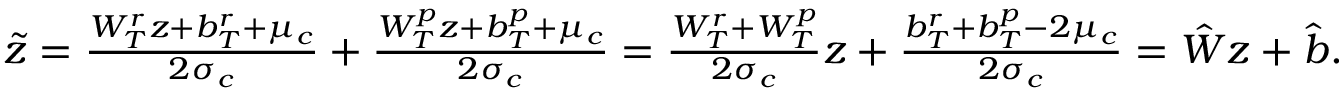
\begin{array} { r } { \tilde { z } = \frac { W _ { T } ^ { r } z + b _ { T } ^ { r } + \mu _ { c } } { 2 \sigma _ { c } } + \frac { W _ { T } ^ { p } z + b _ { T } ^ { p } + \mu _ { c } } { 2 \sigma _ { c } } = \frac { W _ { T } ^ { r } + W _ { T } ^ { p } } { 2 \sigma _ { c } } z + \frac { b _ { T } ^ { r } + b _ { T } ^ { p } - 2 \mu _ { c } } { 2 \sigma _ { c } } = \hat { W } z + \hat { b } . } \end{array}